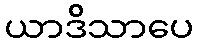
ယာဒိသာပေ